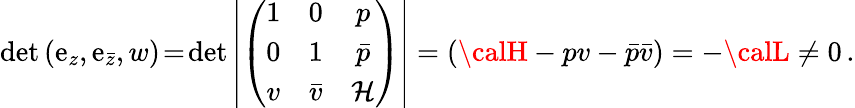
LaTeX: \operatorname*{d\mathrm{e}t}{(\mathrm{e}_{z},\mathrm{e}_{\bar{{z}}},w)}\! =\! \operatorname*{d\mathrm{e}t}\left|\left(\begin{array}{ccc}{{1}}&{{0}}&{{p}}\\ {{0}}&{{1}}&{{\bar{p}}}\\ {{v}}&{{\bar{v}}}&{{{\cal H}}}\end{array}\right)\right|=\left({\calH}-pv-\bar{{p}}\bar{{v}}\right)=-{\calL}\neq0\, .